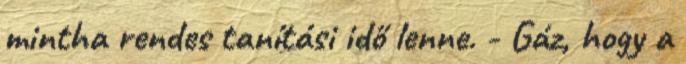
mintha rendes tanítási idő lenne. - Gáz, hogy a